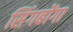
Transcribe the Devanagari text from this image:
सिंगबोंगा